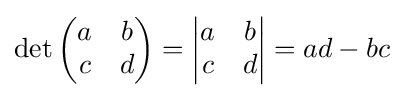
\det {\begin{pmatrix}a&b\\c&d\end{pmatrix}}={\begin{vmatrix}a&b\\c&d\end{vmatrix}}=ad-bc